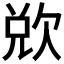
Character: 𭭌